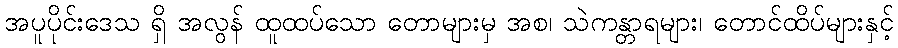
အပူပိုင်းဒေသ ရှိ အလွန် ထူထပ်သော တောများမှ အစ၊ သဲကန္တာရများ၊ တောင်ထိပ်များနှင့်